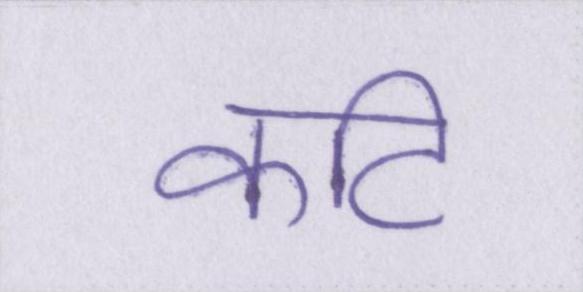
कटि